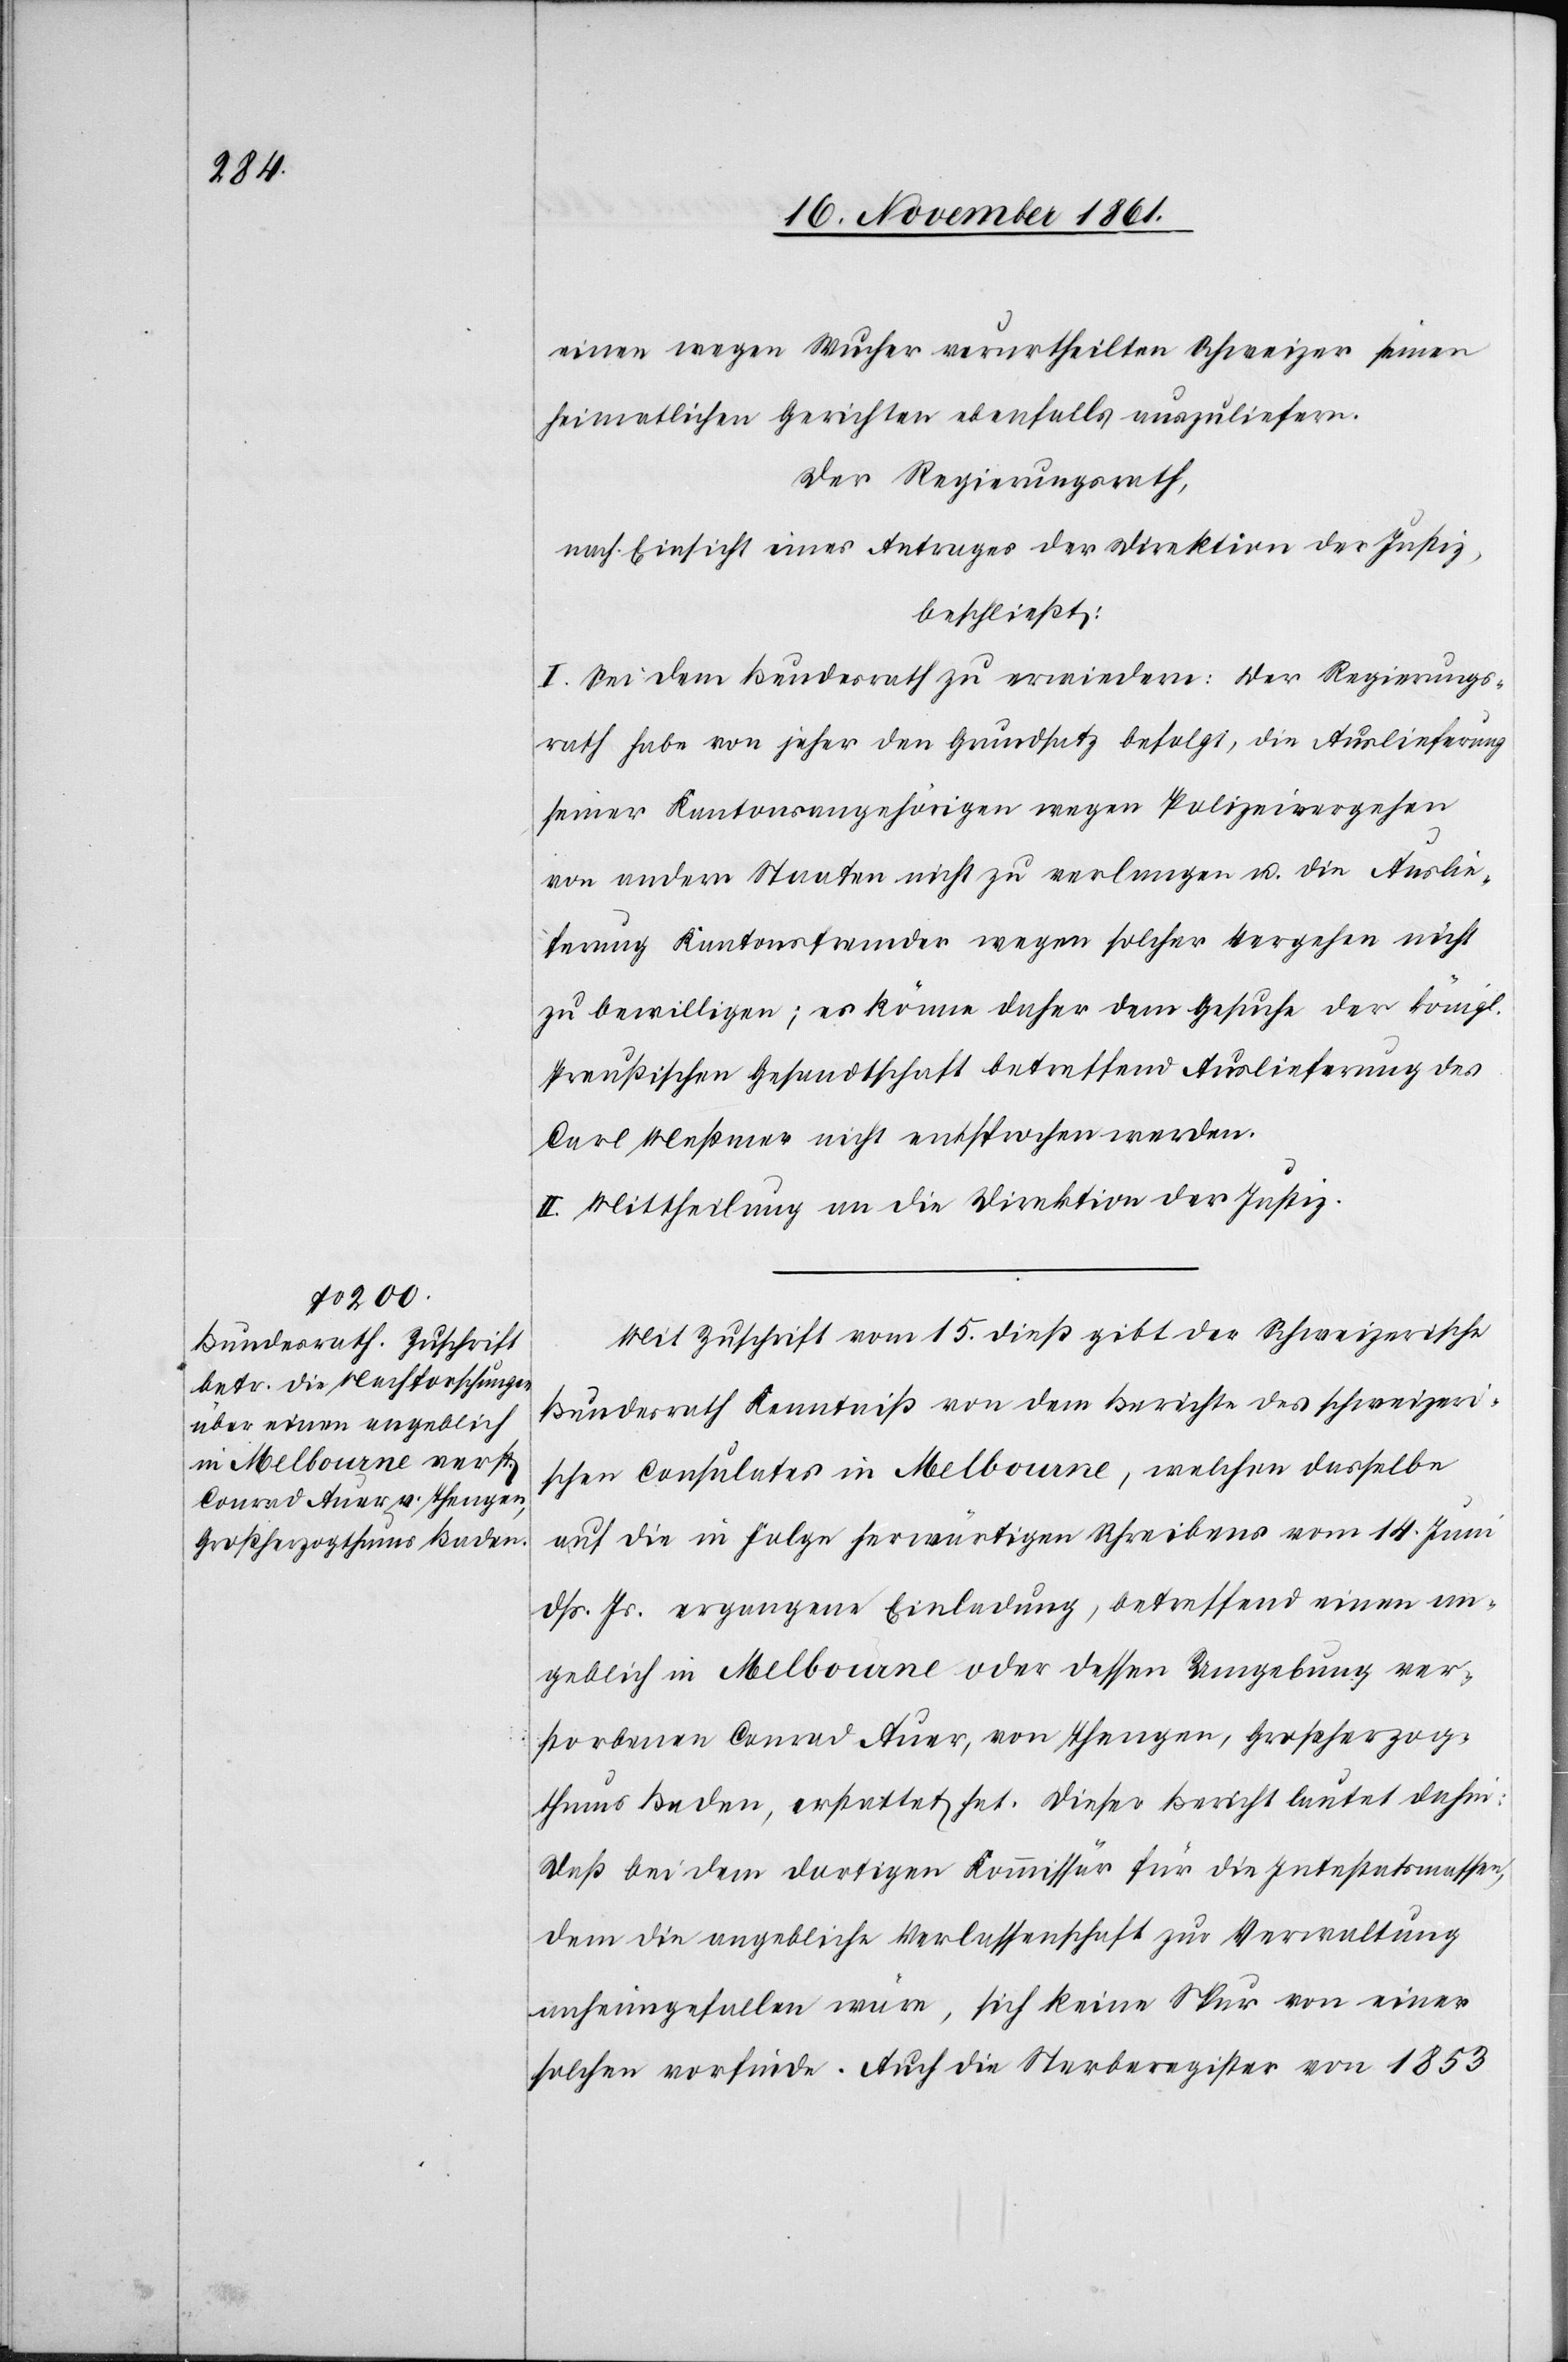
einen wegen Wucher verurtheilten Schweizer seinen
heimatlichen Gerichten ebenfalls auszuliefern.
Der Regierungsrath,
nach Einsicht eines Antrages der Direktion der Justiz,
beschließt:
I. Sei dem Bundesrath zu erwiedern: Der Regierungs¬
rath habe von jeher den Grundsatz befolgt, die Auslieferung
seiner Kantonsangehörigen wegen Polizeivergehen
von andern Staaten nicht zu verlangen u. die Auslie¬
ferung Kantonsfremder wegen solcher Vergehen nicht
zu bewilligen; es könne daher dem Gesuche der königl.
Preußischen Gesandtschaft betreffend Auslieferung des
Carl Meßmer nicht entsprochen werden.
II. Mittheilung an die Direktion der Justiz.
Mit Zuschrift vom 15 dieß gibt der Schweizerische
Bundesrath Kenntniß von dem Berichte des schweizeri¬
schen Consulates in Melbourne, welchen dasselbe
auf die in Folge herwärtigen Schreibens vom 14 Juni
dß. Js. ergangene Einladung, betreffend einen an¬
geblich in Melbourne oder dessen Umgebung ver¬
storbenen Conrad Auer, von Thengen, Großherzog¬
thums Baden, erstattet hat. Dieser Bericht lautet dahin:
Daß bei dem dortigen Kommissär für die Intestatsmassen,
dem die angebliche Verlassenschaft zur Verwaltung
anheimgefallen wäre, sich keine Spur von einer
solchen vorfinde. Auch die Sterberegister von 1853